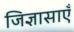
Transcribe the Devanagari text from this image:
जिज्ञासाएँ